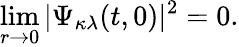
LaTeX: \operatorname*{lim}_{r\rightarrow 0}|\Psi_{\kappa\lambda}(t,0)|^{2}=0.